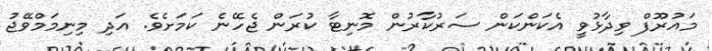
މައުރޫފް ވިދާޅުވީ އެކަންކަން ސަރުކާރުން މޮނިޓާ ކުރަން ޖެހޭނެ ކަމަށެވެ. އަދި މިނިމަމްވޭޖު